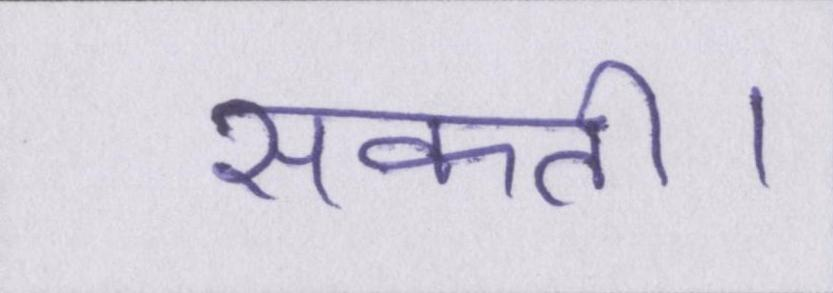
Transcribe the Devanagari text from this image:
सकती।